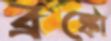
ব্রঙ্কো